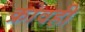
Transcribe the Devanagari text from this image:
क्रोवही